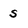
Character: s